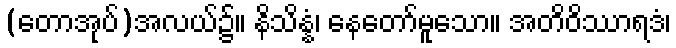
(တောအုပ်)အလယ်၌။ နိသိန္နံ၊ နေတော်မူသော။ အတိဝိဿာရဒံ၊